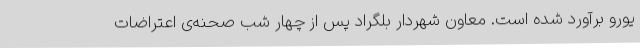
یورو برآورد شده است. معاون شهردار بلگراد پس از چهار شب صحنه‌ی اعتراضات